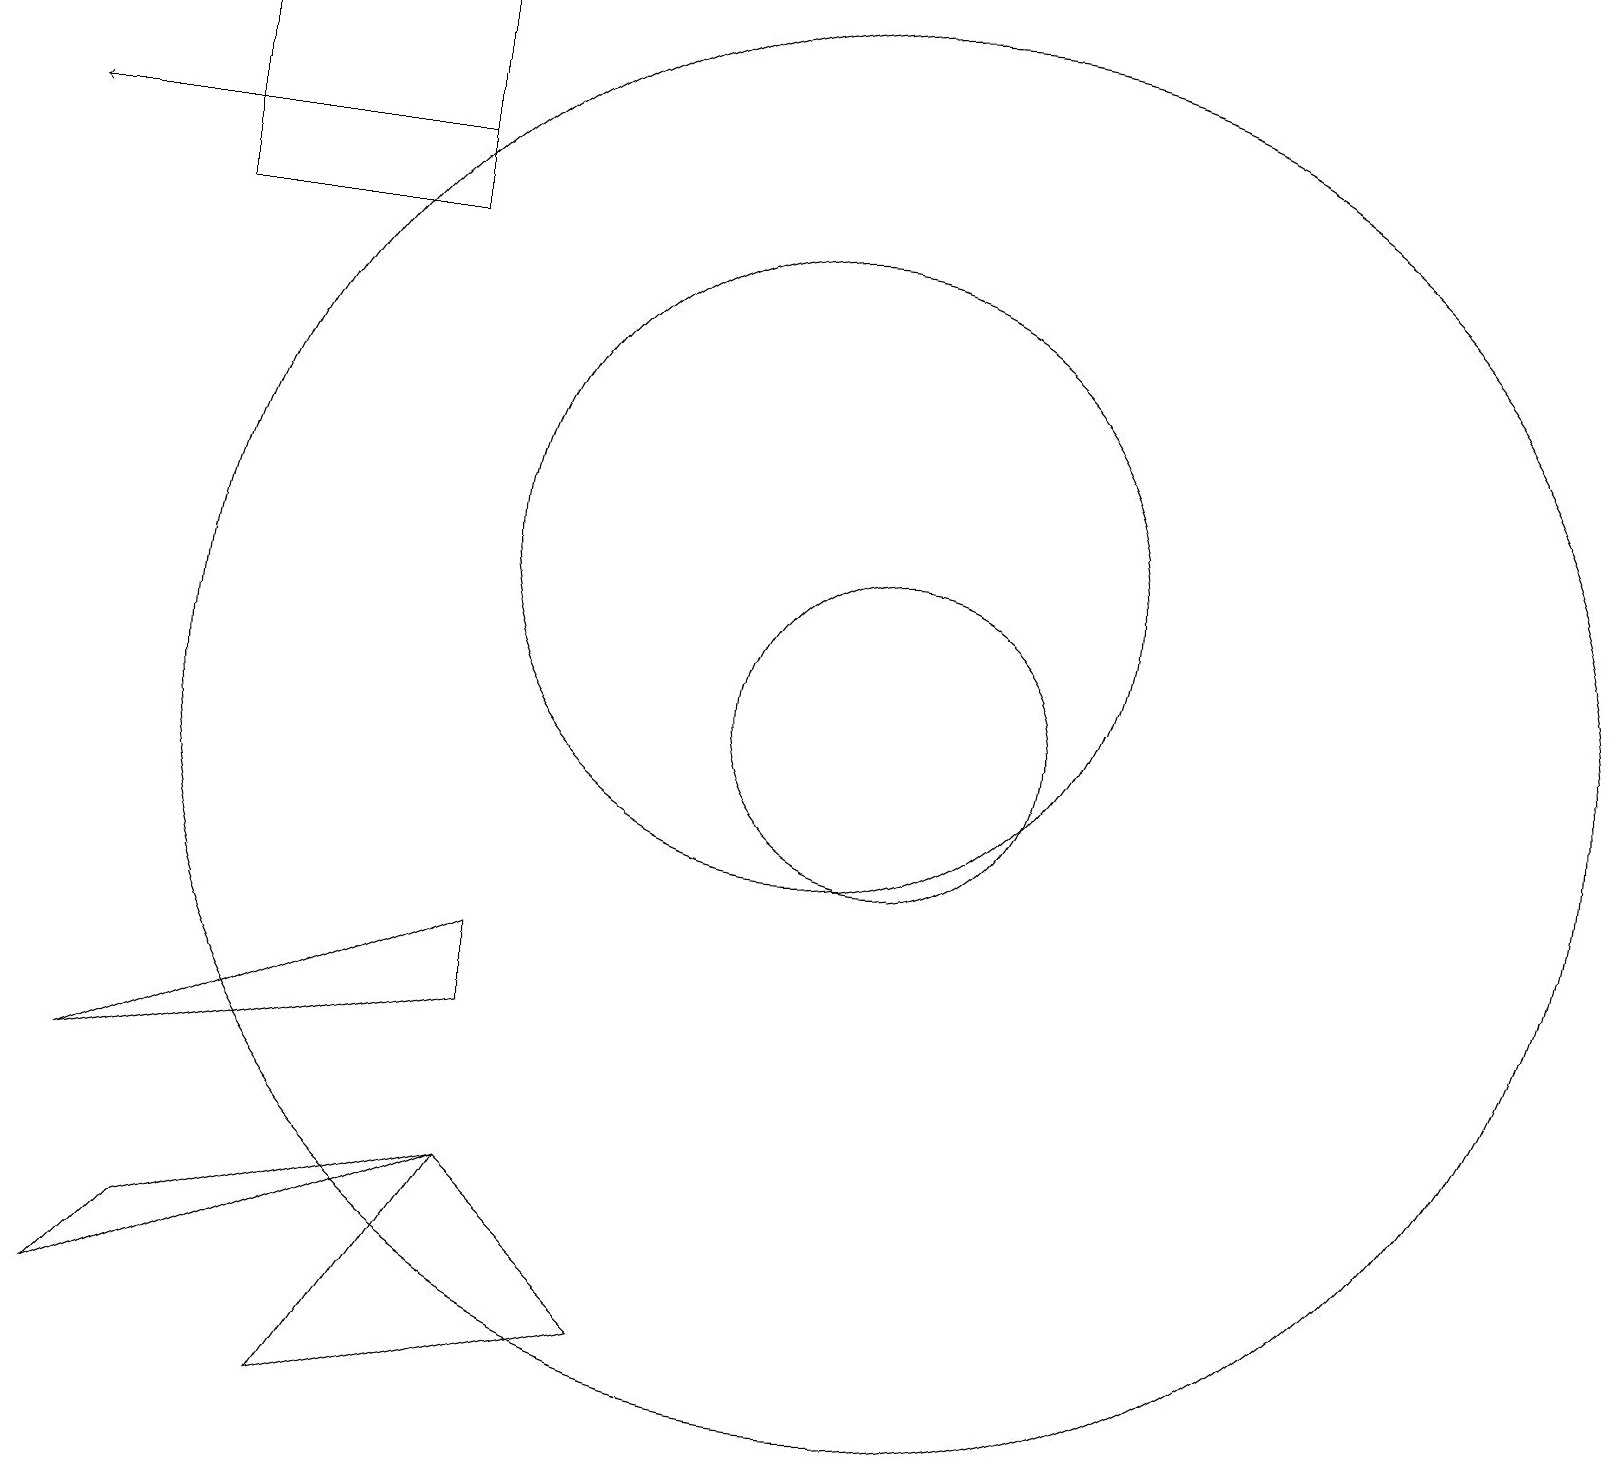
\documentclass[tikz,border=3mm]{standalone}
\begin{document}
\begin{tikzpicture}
\draw (6,4) -- (4,1) -- (8,2) -- cycle;
\draw (2,3) -- (1,2) -- (6,4) -- cycle;
\draw (11,10) circle (9);
\draw (5,16) rectangle (2,19);
\draw[->] (5,17) -- (0,17);
\draw (11,10) circle (2);
\draw (10,12) circle (4);
\draw (6,6) -- (1,5) -- (6,7) -- cycle;
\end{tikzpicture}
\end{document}